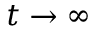
t \to \infty